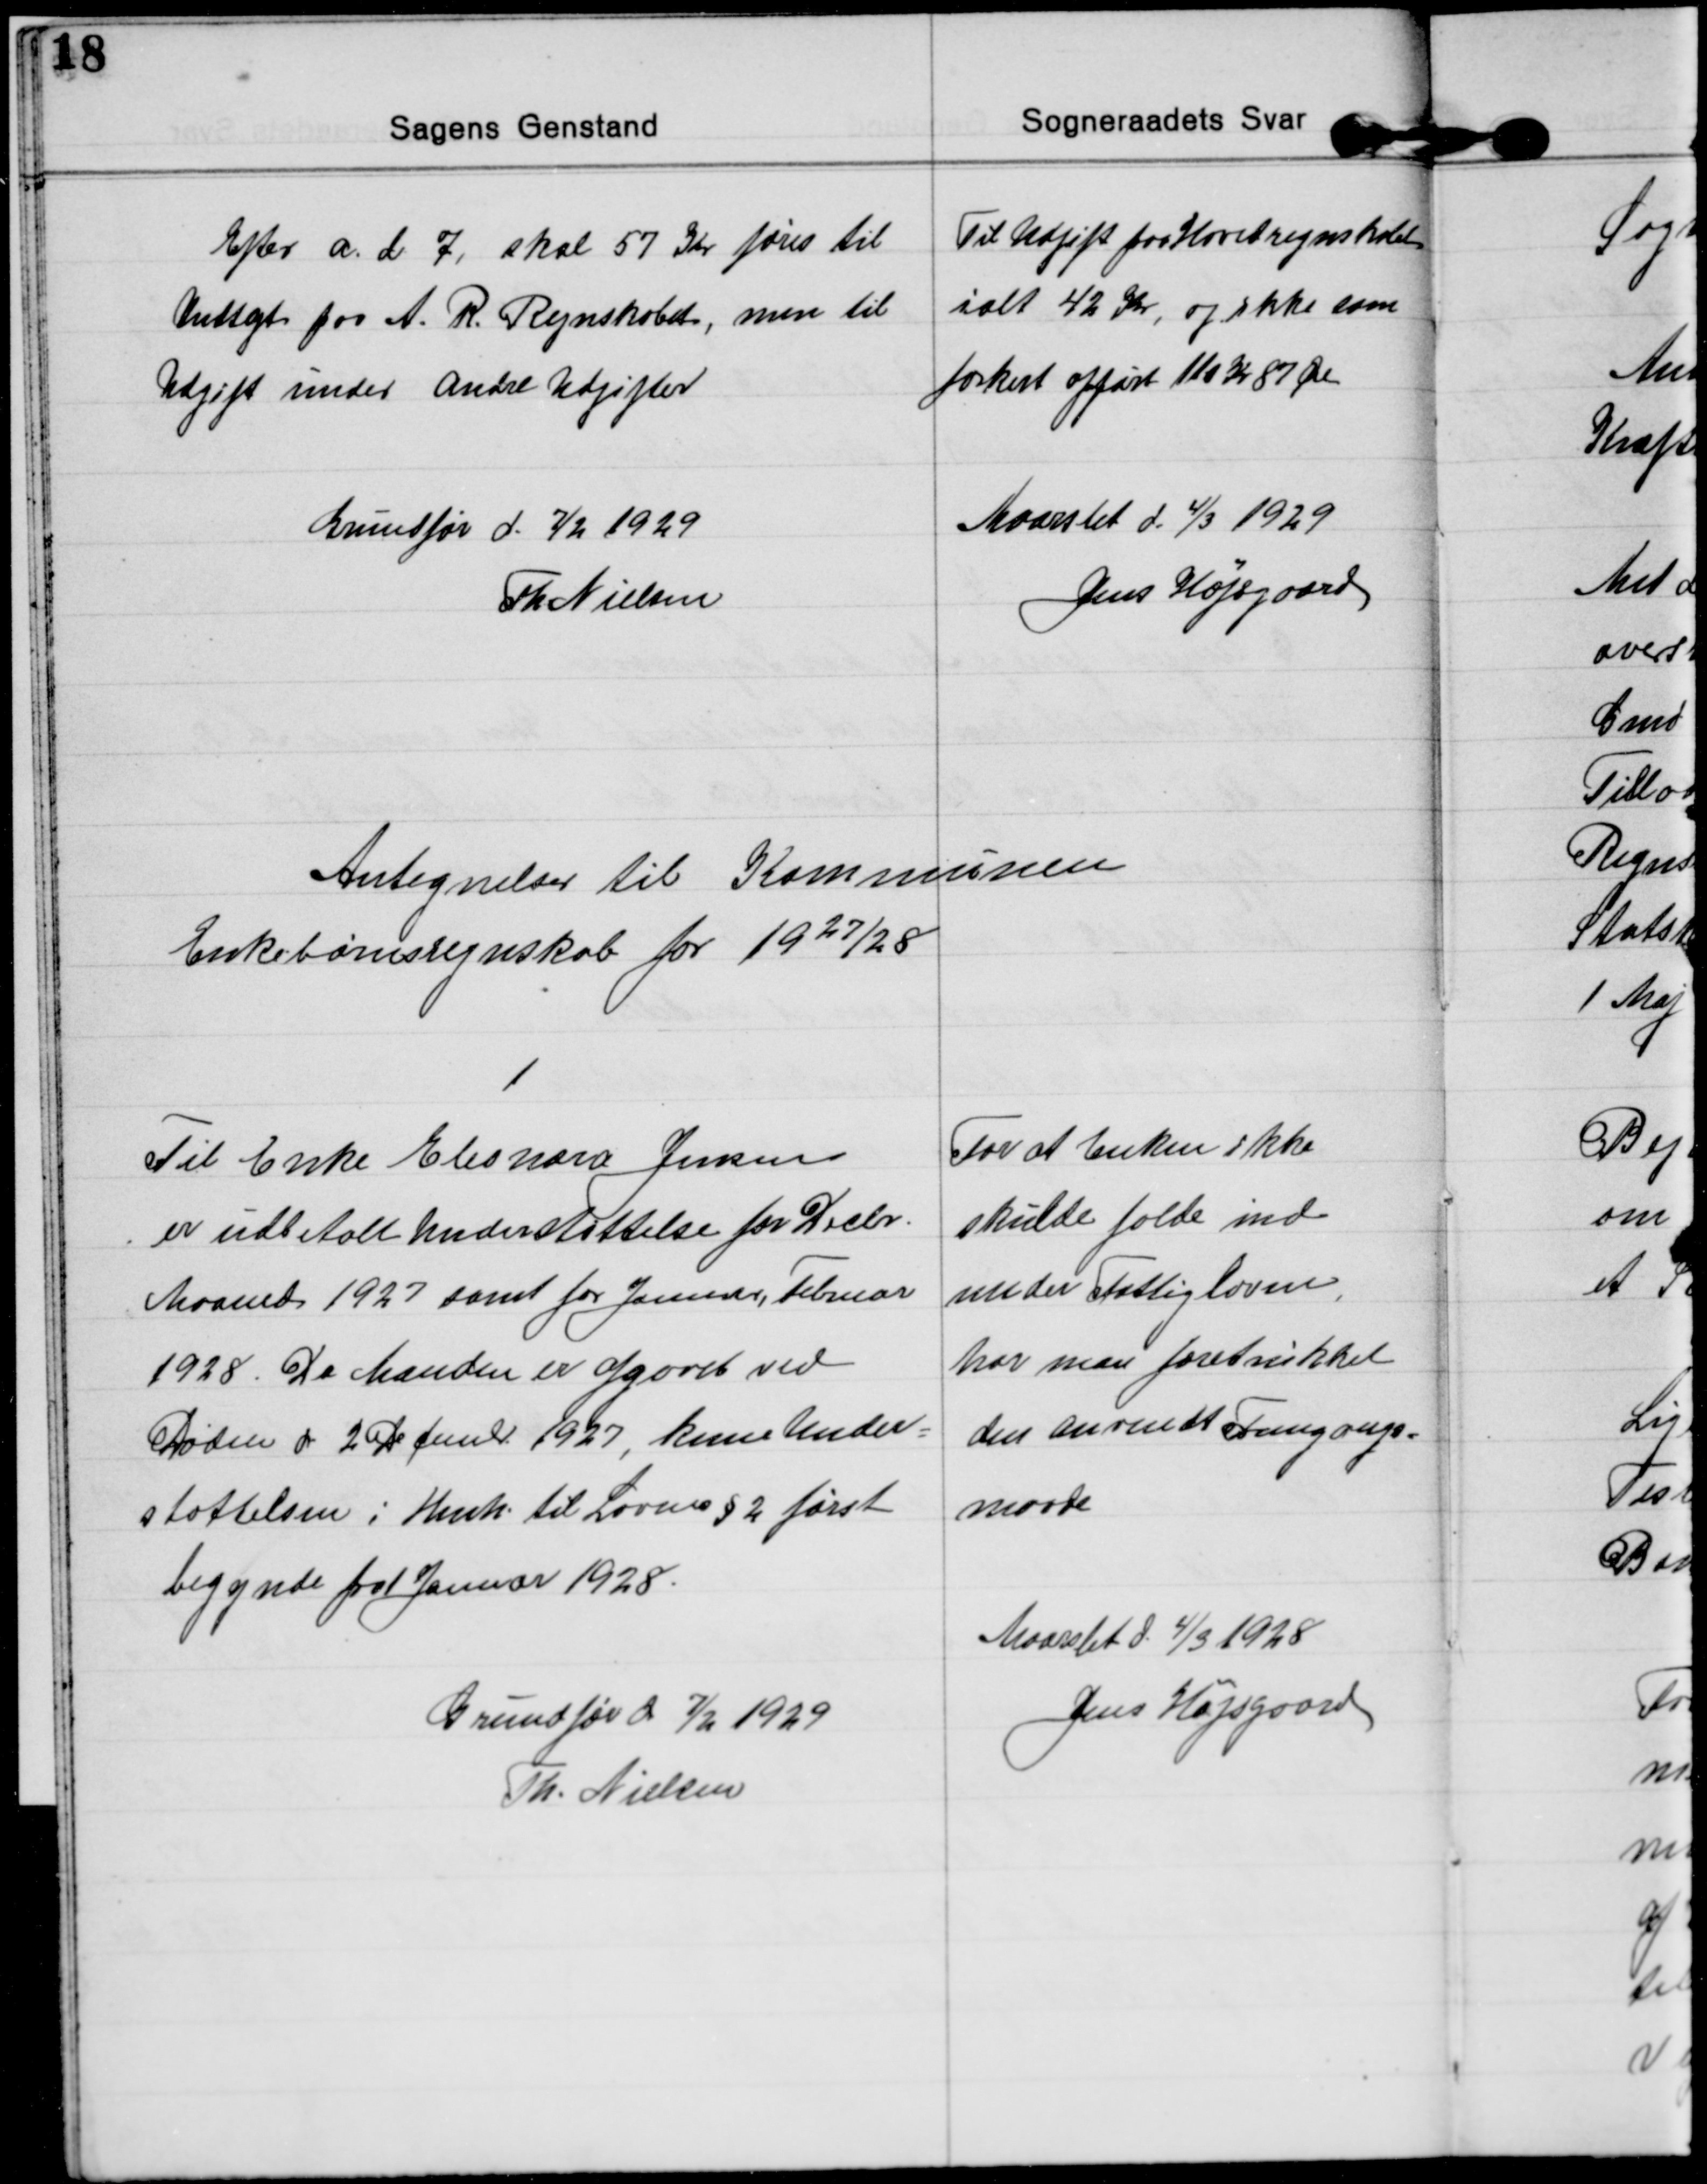
Transskription:
Efter a. d. 7, skal 57 Kr føres til
Indtægt paa A. R. Regnskabet, men til
Udgift under Andre Udgifter
Til Udgift paa Hovedregnskabet
ialt 42 Kr, og ikke som
forkert opført 110 Kr 87 Øre

Grundfør d. 7/2 1929
Th. Nielsen
Maarslet d. 4/3 1929
Jens Højsgaard

Antegnelser til Kommunen
Enkebørnsregnskab for 1927/28

1
Til Enke Eleonora Jensen
er udbetalt Understøttelse for Decbr.
Maaned 1927 samt for Januar, Februar
1928. Da Manden er afgaaet ved
Døden d 2 December 1927, kan Under-
støttelsen i Henh. til Lovens § 2 først
begynde fra 1 Januar 1928.
For at Enken ikke
skulde falde ind
under Fattigloven
,
har man foretrukket
den anvendt Fremgangs=
maade

Grundfør d 7/2 1929
Th. Nielsen
Maarslet d. 4/3 1928
Jens Højsgaard